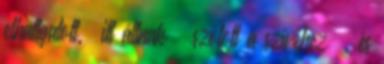
elhallgatott. ‘itt állnak – szólott a szívéhez –, és